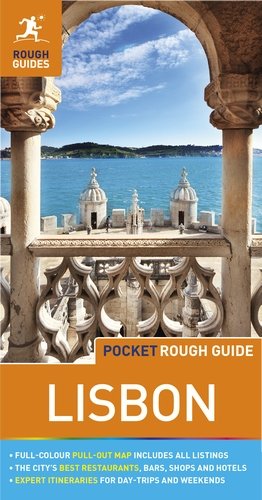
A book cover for Pocket Rough Guide Lisbon (Rough Guide Pocket Guides); Matthew Hancock; Travel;